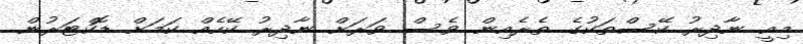
މިއީ ނާދިރު ކޭސްތަކުގެ ތެރެއިން ވެސް ވަަރަށް ނާދިރު ކޭހެއް ކަމަށް ޑޮކްޓަރުން